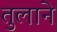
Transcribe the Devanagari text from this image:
तुलाने